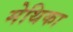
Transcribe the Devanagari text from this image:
मेथिका